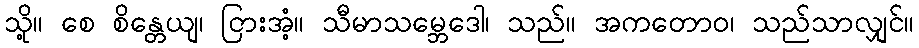
သို့။ စေ စိန္တေယျ၊ ငြားအံ့။ သီမာသမ္ဘေဒေါ၊ သည်။ အကတောဝ၊ သည်သာလျှင်။